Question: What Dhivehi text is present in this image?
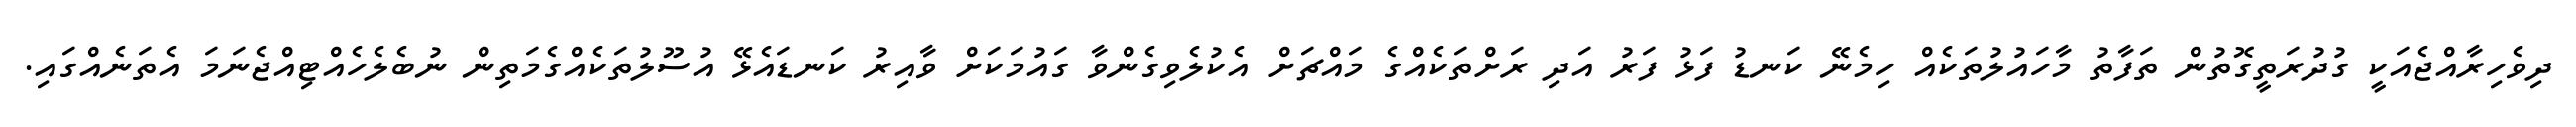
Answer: ދިވެހިރާއްޖެއަކީ ގުދުރަތީގޮތުން ތަފާތު މާހައުލުތަކެއް ހިމެނޭ ކަނޑު ފަޅު ފަރު އަދި ރަށްތަކެއްގެ މައްޗަށް އެކުލެވިގެންވާ ގައުމަކަށް ވާއިރު ކަނޑައެޅޭ އުސޫލުތަކެއްގެމަތިން ނުބެލެހެއްޓިއްޖެނަމަ އެތަނެއްގައި.